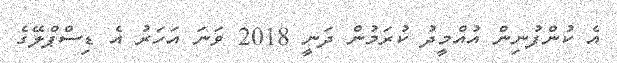
އެ ކުންފުނިން އުއްމީދު ކުރަމުން ދަނީ 2018 ވަނަ އަހަރު އެ ޑިސްޕްލޭގެ